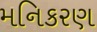
મનિકરણ